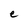
Character: e